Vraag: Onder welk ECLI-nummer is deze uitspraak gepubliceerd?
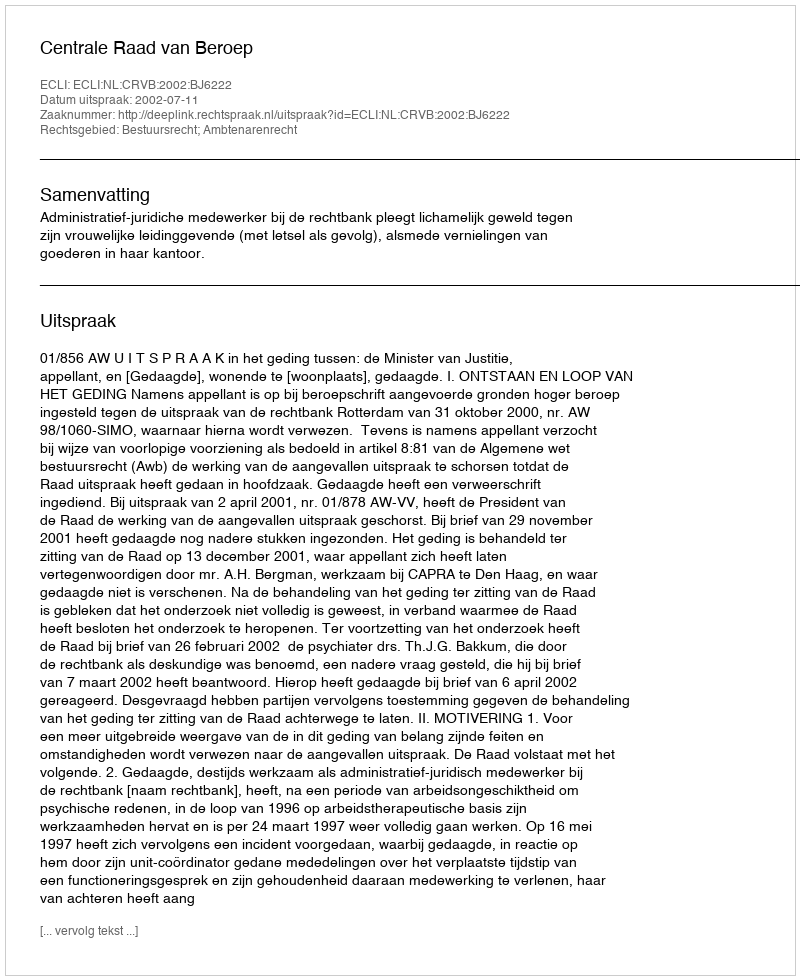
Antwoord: ECLI:NL:CRVB:2002:BJ6222